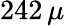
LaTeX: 242\, \mu